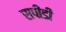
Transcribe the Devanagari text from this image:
सपींडी